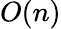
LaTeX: O(n)